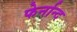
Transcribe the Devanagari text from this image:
फेर्नान्द